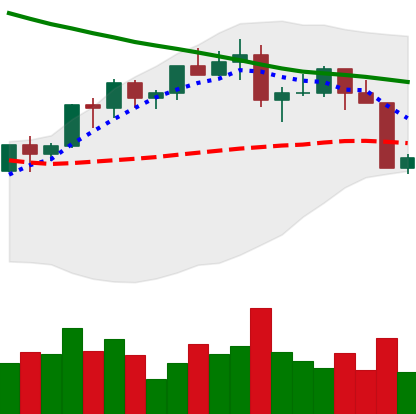
Ticker: LTC-USD
Chart end date: 2022-04-07
Forward return: -8.231%
Label: down_7plus